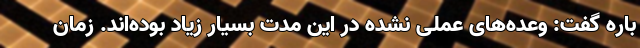
باره گفت: وعده‌های عملی نشده در این مدت بسیار زیاد بوده‌اند. زمان